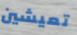
تعيشين